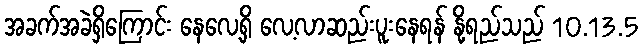
အခက်အခဲရှိကြောင်း နေလေ့ရှိ လေ့လာဆည်းပူးနေရန် နို့ရည်သည် 10.13.5